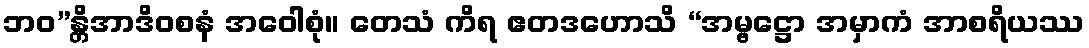
ဘဝ”န္တိအာဒိဝစနံ အဝေါစုံ။ တေသံ ကိရ ဧတဒဟောသိ “အမ္ဗဋ္ဌော အမှာကံ အာစရိယဿ